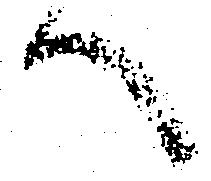
へ